65_HS1-834228961_62-HQ-83894_Section_3
Agency: FBI
Page 102
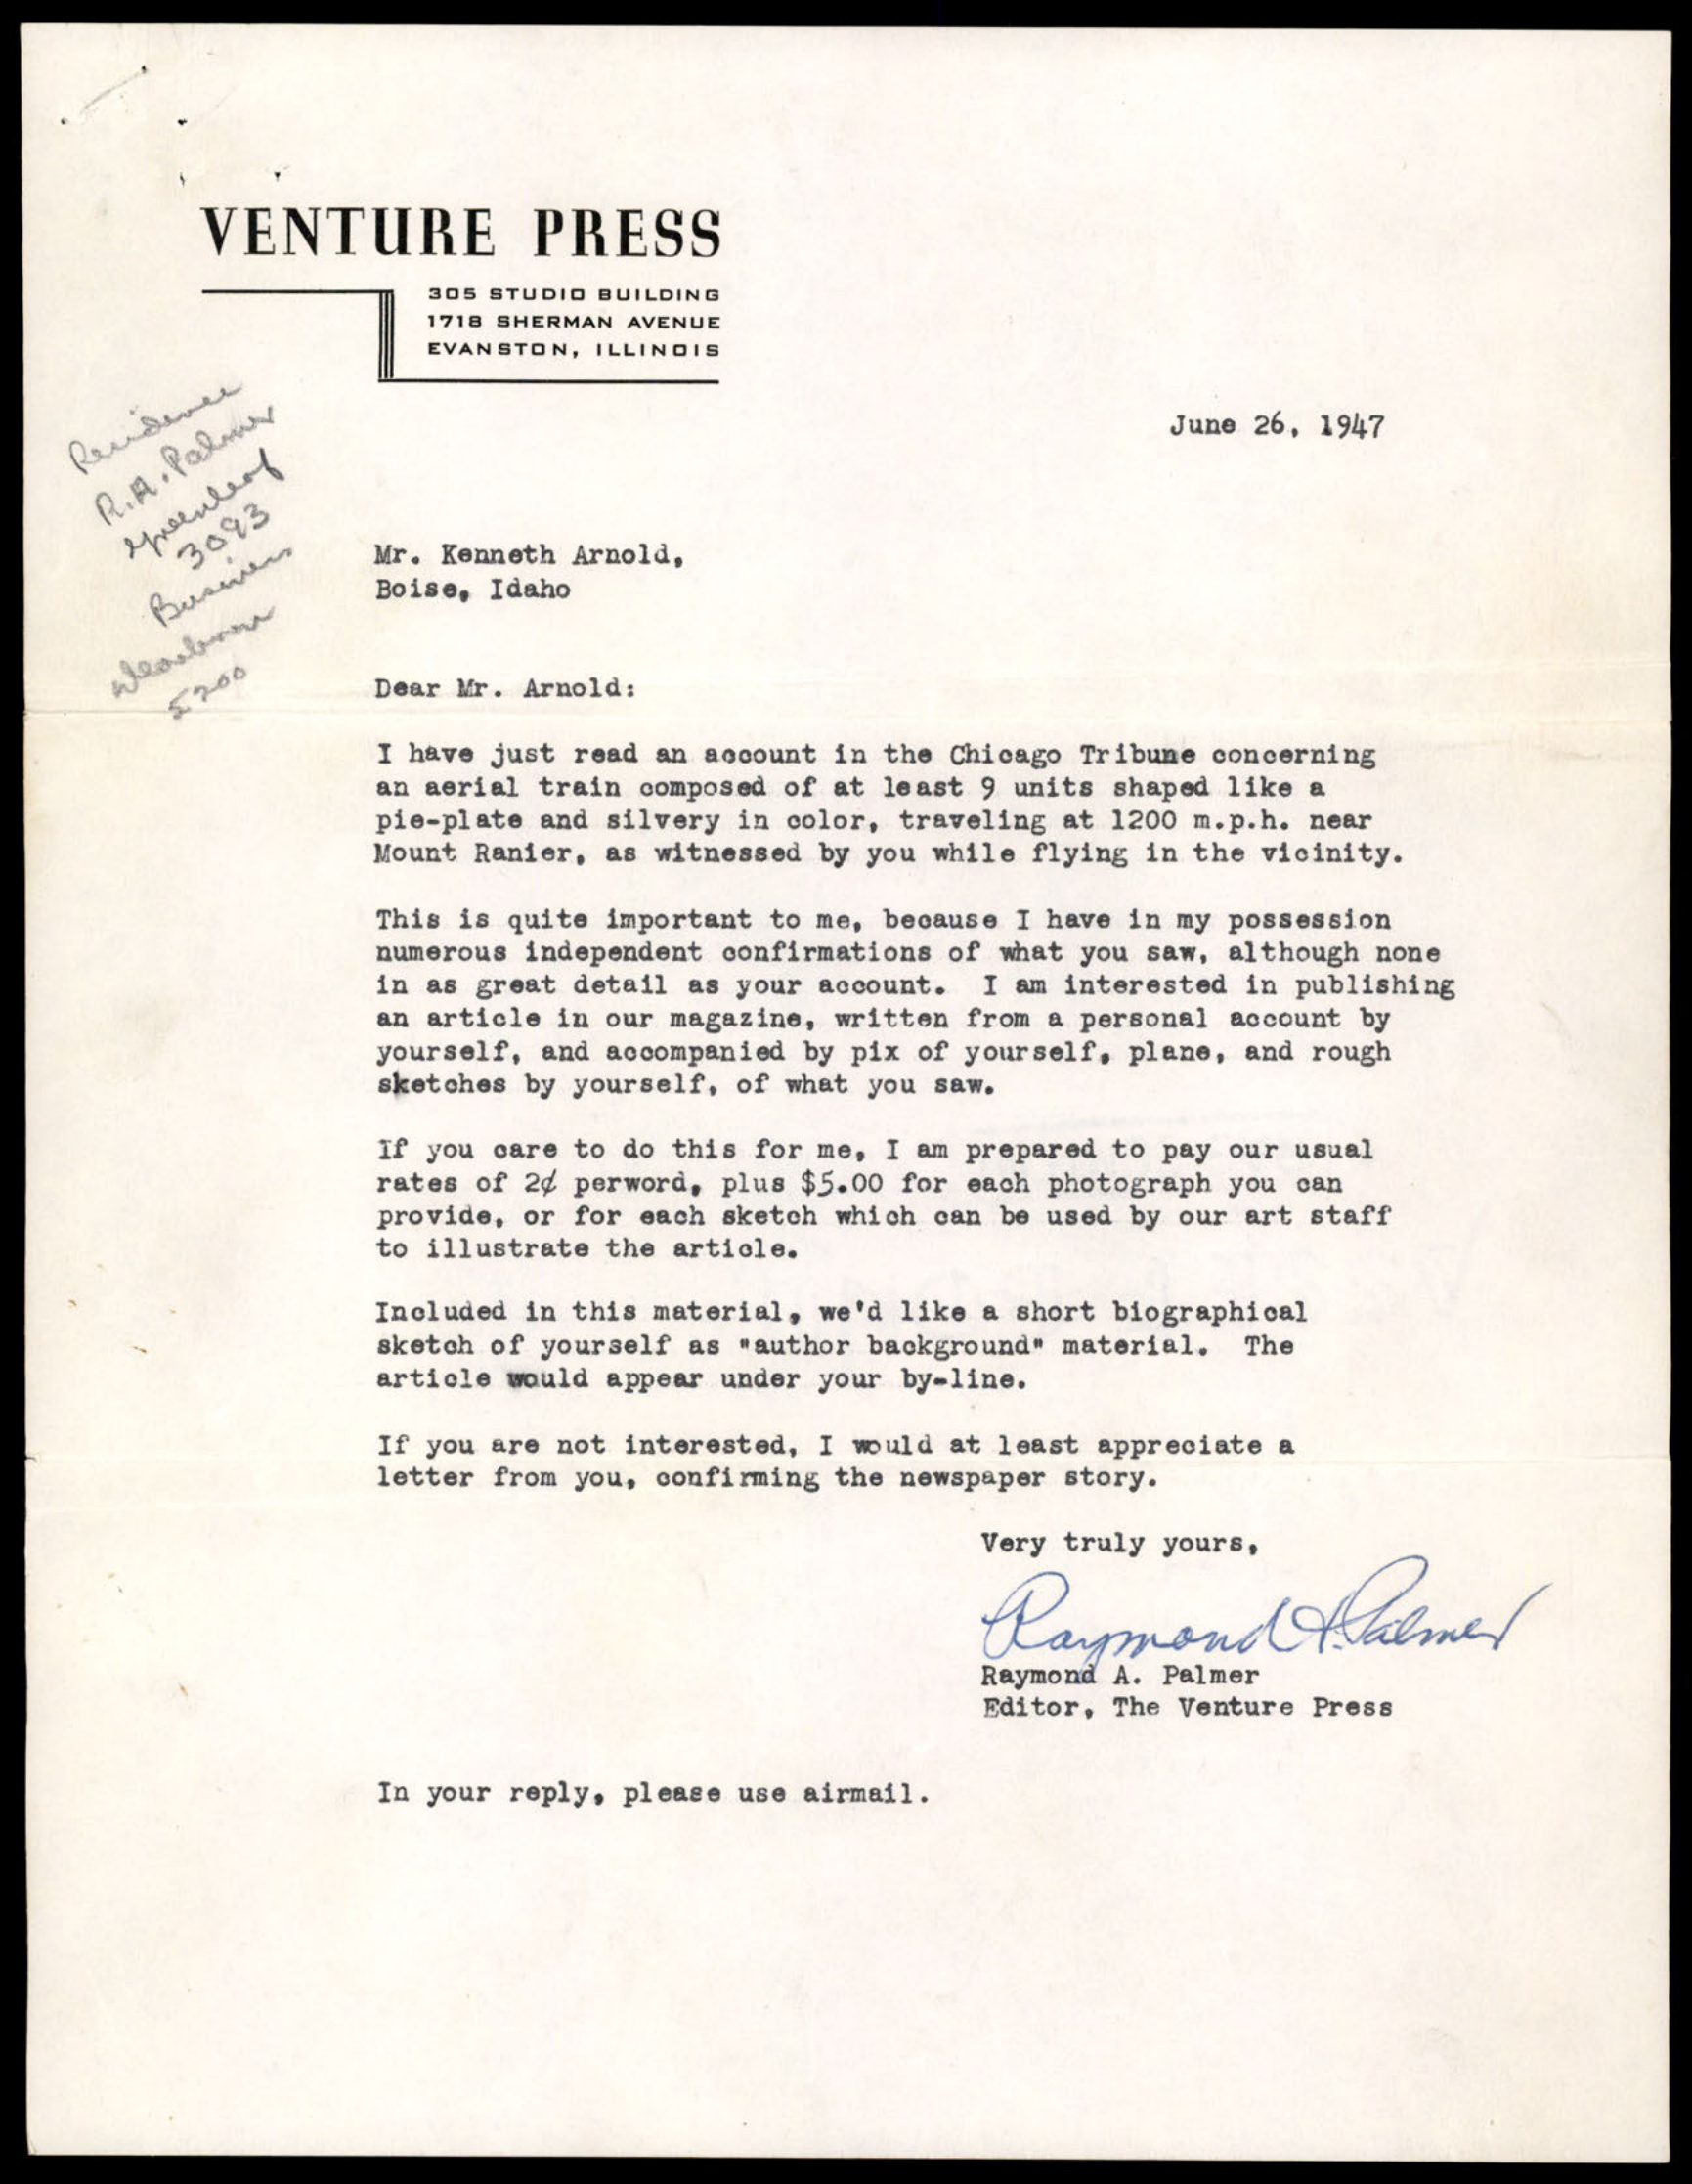